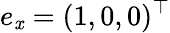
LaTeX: e_{\mathit{x}}=(1,0,0)^{\top}